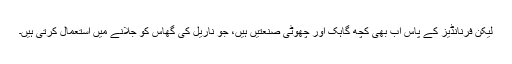
لیکن فرنانڈیز کے پاس اب بھی کچھ گاہک اور چھوٹی صنعتیں ہیں، جو ناریل کی گھاس کو جلانے میں استعمال کرتی ہیں۔